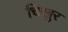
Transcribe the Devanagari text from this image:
चिखुर